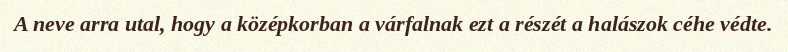
A neve arra utal, hogy a középkorban a várfalnak ezt a részét a halászok céhe védte.